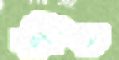
শ্যন